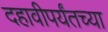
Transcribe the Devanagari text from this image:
दहावीपर्यंतच्या